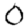
Digit: 0